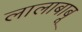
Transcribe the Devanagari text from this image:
लालाबाबू